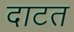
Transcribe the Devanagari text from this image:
दाटत